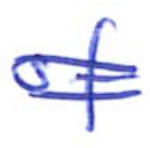
Text: of
Cross-out: double-line
Writing tool: ballpoint